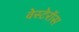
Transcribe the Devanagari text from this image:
वेस्टेरॉस